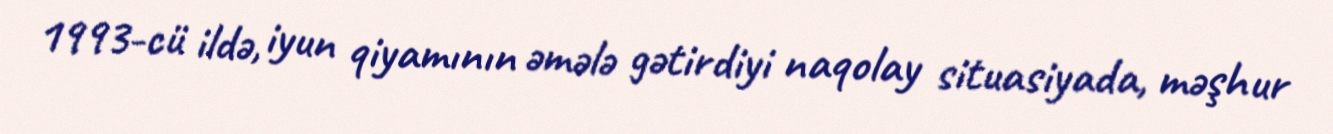
1993-cü ildə, iyun qiyamının əmələ gətirdiyi naqolay situasiyada, məşhur